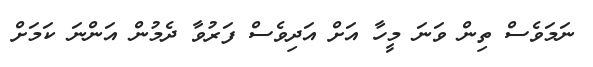
ނަމަވެސް ތިން ވަނަ މީހާ އަށް އަދިވެސް ފަރުވާ ދެމުން އަންނަ ކަމަށް